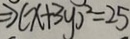
\Rightarrow ( x + 3 y ) ^ { 2 } = 2 5